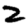
Digit: 2